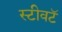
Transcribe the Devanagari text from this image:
स्टीवटॅ